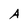
Character: A